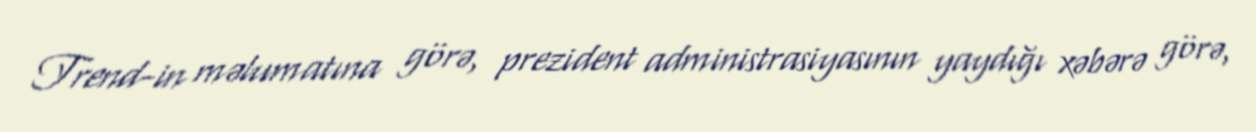
Trend-in məlumatına görə, prezident administrasiyasının yaydığı xəbərə görə,